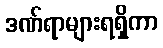
ဒဏ်ရာများရရှိကာ